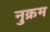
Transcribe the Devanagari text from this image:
नुक्रम